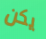
يكن